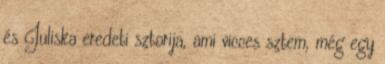
és Juliska eredeti sztorija, ami vicces sztem, még egy